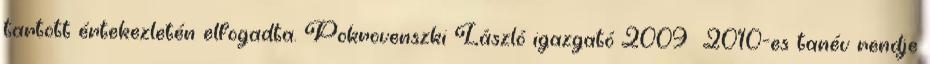
tartott értekezletén elfogadta. Pokrovenszki László igazgató 2009 2010-es tanév rendje